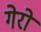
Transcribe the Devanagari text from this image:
गेरो